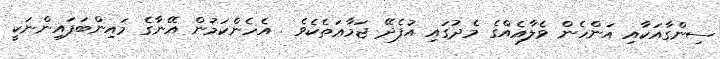
ސިންގާއަކާއި އަންހެން ވެލާއެއްގެ މެދުގައި އުފެދޭ ޖަމާޢަތެކެވެ . އެހެންކަމުން އޭނާގެ މައިންބަފައިންނަކީ